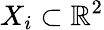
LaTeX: X_{i}\subset\mathbb{R}^{2}